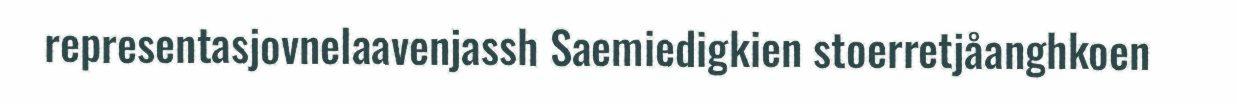
representasjovnelaavenjassh Saemiedigkien stoerretjåanghkoen